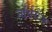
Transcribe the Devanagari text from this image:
नॉर्थरीज